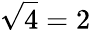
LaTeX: \sqrt{4}=2